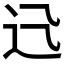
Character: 𨑐